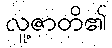
လူ့ဇာတိ၏